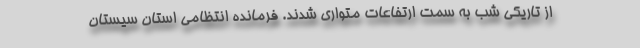
از تاریکی شب به سمت ارتفاعات متواری شدند. فرمانده انتظامی استان سیستان